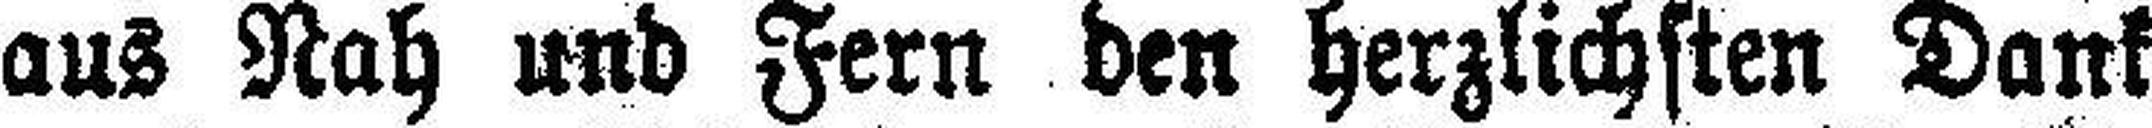
aus Nah und Fern den herzlichsten Dank